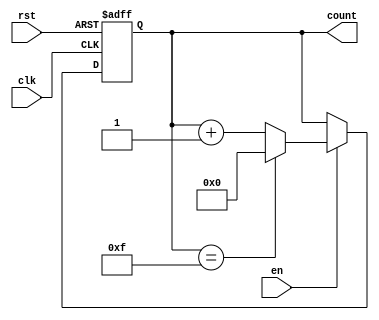
module MemoryBlocksUpCounter #(
    parameter INITIAL_VALUE = 4'd0,
    parameter MAX_VALUE = 4'd15
) (
    input wire clk,        // Clock signal
    input wire rst,        // Reset signal
    input wire en,         // Enable signal
    output reg [3:0] count // Current count value (4-bit)
);

    // Always block for synchronous operation
    always @(posedge clk or posedge rst) begin
        // Reset logic
        if (rst) begin
            count <= INITIAL_VALUE; // Reset to initial value
        end else if (en) begin
            // Increment logic with wrap-around
            if (count == MAX_VALUE) begin
                count <= INITIAL_VALUE; // Wrap around to initial value
            end else begin
                count <= count + 1; // Increment count
            end
        end
    end

endmodule